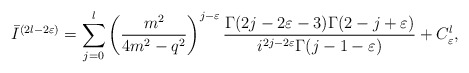
\begin{align*}\bar{I}^{(2l-2\varepsilon)}=\sum_{j=0}^{l}\left(\frac{m^2}{4m^2-q^2}\right)^{j-\varepsilon}\frac{\Gamma(2j-2\varepsilon-3)\Gamma(2-j+\varepsilon)}{i^{2j-2\varepsilon} \Gamma(j-1-\varepsilon)}+C^{l}_{\varepsilon},\end{align*}